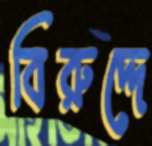
বিরুদ্দে